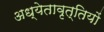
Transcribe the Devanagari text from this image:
अध्येतावृत्तियों